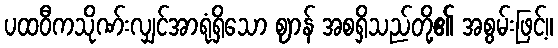
ပထဝီကသိုဏ်းလျှင်အာရုံရှိသော ဈာန် အစရှိသည်တို့၏ အစွမ်းဖြင့်။